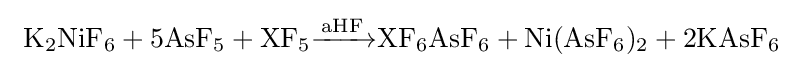
{\rm {\ K_{2}NiF_{6}+5AsF_{5}+XF_{5}{\xrightarrow {aHF}}XF_{6}AsF_{6}+Ni(AsF_{6})_{2}+2KAsF_{6}}}